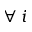
\forall \: i